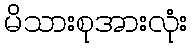
မိသားစုအားလုံး